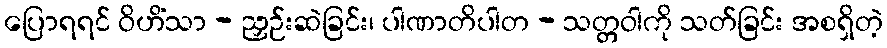
ပြောရရင် ဝိဟိံသာ - ညှဉ်းဆဲခြင်း၊ ပါဏာတိပါတ - သတ္တဝါကို သတ်ခြင်း အစရှိတဲ့